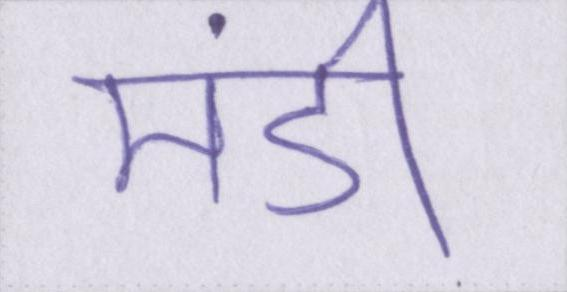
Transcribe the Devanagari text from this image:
मंडी